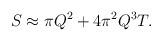
LaTeX: \begin{align*}S \approx \pi Q^2 + 4\pi^2 Q^3 T. \end{align*}